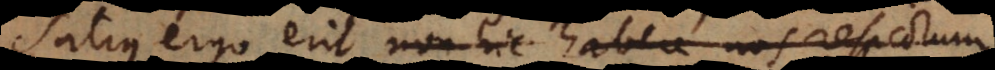
Satis ergo erit non hic habere nos respectum